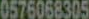
0576068305